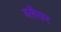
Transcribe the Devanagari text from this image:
ब्लैयर